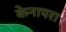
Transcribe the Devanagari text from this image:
केनापरा